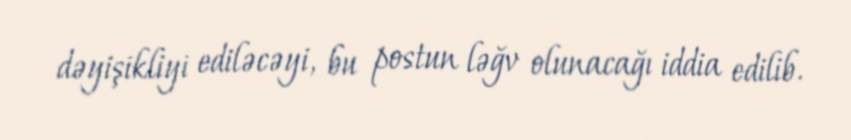
dəyişikliyi ediləcəyi, bu postun ləğv olunacağı iddia edilib.